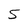
Character: 5